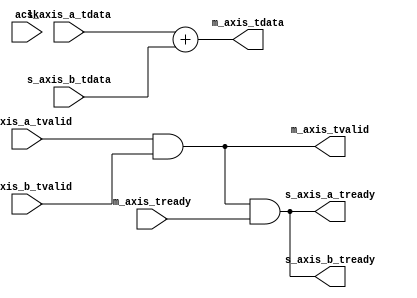
module axis_adder #
(
  parameter integer AXIS_TDATA_WIDTH = 32,
  parameter         AXIS_TDATA_SIGNED = "FALSE"
)
(
  // System signals
  input  wire                        aclk,

  // Slave side
  output wire                        s_axis_a_tready,
  input  wire [AXIS_TDATA_WIDTH-1:0] s_axis_a_tdata,
  input  wire                        s_axis_a_tvalid,

  output wire                        s_axis_b_tready,
  input  wire [AXIS_TDATA_WIDTH-1:0] s_axis_b_tdata,
  input  wire                        s_axis_b_tvalid,

  // Master side
  input  wire                        m_axis_tready,
  output wire [AXIS_TDATA_WIDTH-1:0] m_axis_tdata,
  output wire                        m_axis_tvalid
);

  wire [AXIS_TDATA_WIDTH-1:0] int_tdata_wire;
  wire int_tready_wire, int_tvalid_wire;

  generate
    if(AXIS_TDATA_SIGNED == "TRUE")
    begin : SIGNED
      assign int_tdata_wire = $signed(s_axis_a_tdata) + $signed(s_axis_b_tdata);
    end
    else
    begin : UNSIGNED
      assign int_tdata_wire = s_axis_a_tdata + s_axis_b_tdata;
    end
  endgenerate

  assign int_tvalid_wire = s_axis_a_tvalid & s_axis_b_tvalid;
  assign int_tready_wire = int_tvalid_wire & m_axis_tready;

  assign s_axis_a_tready = int_tready_wire;
  assign s_axis_b_tready = int_tready_wire;
  assign m_axis_tdata = int_tdata_wire;
  assign m_axis_tvalid = int_tvalid_wire;

endmodule